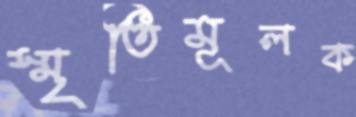
স্মৃতিমূলক